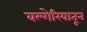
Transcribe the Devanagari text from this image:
बल्गेरियातून